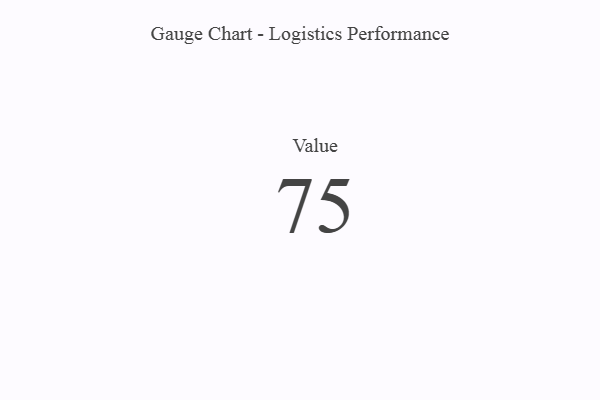
{"axis": {"x": "Metric", "y": "Value"}, "legend": [""], "data": [{"x": "Value", "y": 75, "type": ""}]}